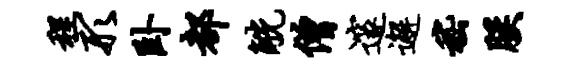
程形卧都觥僧邃邂嵇朕